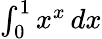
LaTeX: \textstyle\int_{0}^{1}x^{x}\, dx